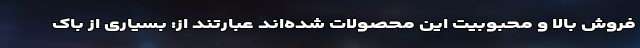
فروش بالا و محبوبیت این محصولات شده‌اند عبارتند از: بسیاری از باک